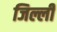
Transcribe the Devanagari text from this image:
जिल्ली